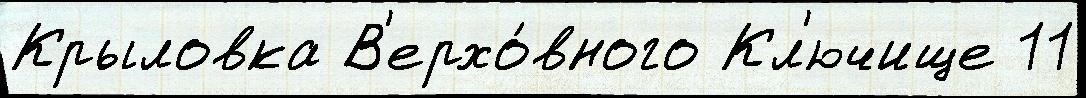
Крыловка В'ерхо́вного Кл'ючище 11